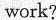
work?